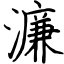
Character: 濂